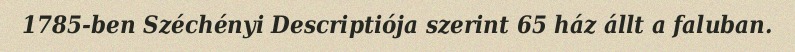
1785-ben Széchényi Descriptiója szerint 65 ház állt a faluban.